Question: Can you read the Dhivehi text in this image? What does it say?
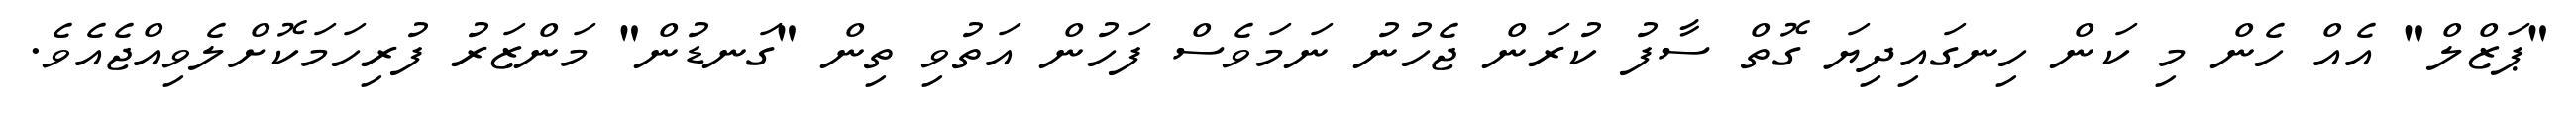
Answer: "ޕަޒްލް" އެއް ހެން މި ކަން ހިނގައިދިޔަ ގޮތް ސާފު ކުރަން ޖެހުނު ނަމަވެސް ފަހުން އަތުވި ތިން "ގަނޑުން" މަންޒަރު ފުރިހަމަކޮށްލެވިއްޖެއެވެ.